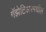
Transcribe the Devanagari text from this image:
गॅझेटिअरमधील